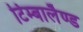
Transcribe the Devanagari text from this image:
टिम्बालैण्ड